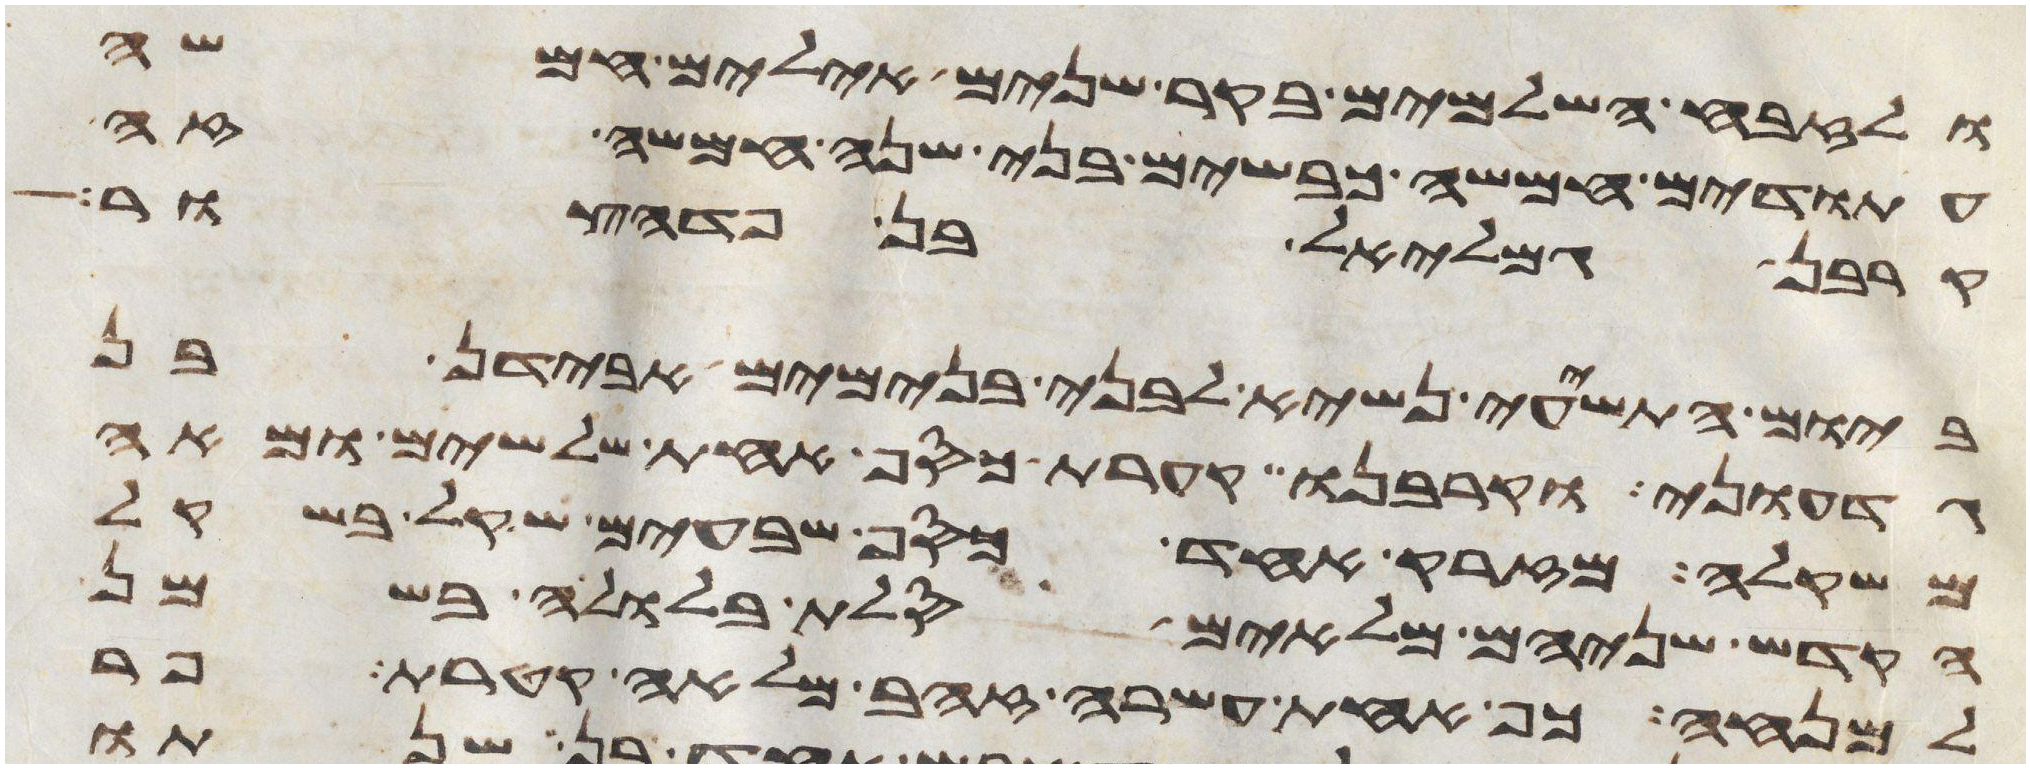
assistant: ולזבח השלמים בקר שנים אילים חמשה
עתודים חמשה כבשים בני שנה חמשה זה
קרבן גמלאל בן פדהצור
ביום התשעי נשיא לבני בנימים אבידן בן
גדעוני וקרבנו קערת כסף אחת שלשים ומאה
משקלה מזרק אחד כסף שבעים שקל בשקל
הקדש שניהם מלאים סלת בלולה בשמן
למנחה כף אחת עשרה זהב מלאה קטרת פר